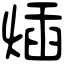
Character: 𤊿